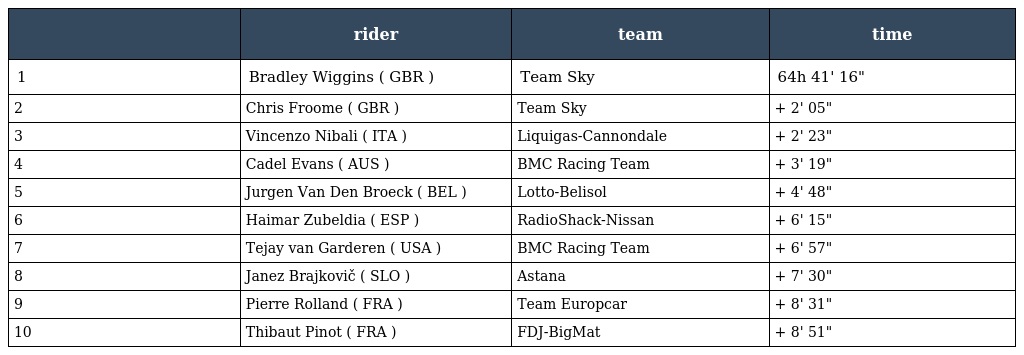
|  | rider | team | time |
 | --- | --- | --- | --- |
 | 1 | Bradley Wiggins ( GBR ) | Team Sky | 64h 41' 16" |
 | 2 | Chris Froome ( GBR ) | Team Sky | + 2' 05" |
 | 3 | Vincenzo Nibali ( ITA ) | Liquigas-Cannondale | + 2' 23" |
 | 4 | Cadel Evans ( AUS ) | BMC Racing Team | + 3' 19" |
 | 5 | Jurgen Van Den Broeck ( BEL ) | Lotto-Belisol | + 4' 48" |
 | 6 | Haimar Zubeldia ( ESP ) | RadioShack-Nissan | + 6' 15" |
 | 7 | Tejay van Garderen ( USA ) | BMC Racing Team | + 6' 57" |
 | 8 | Janez Brajkovič ( SLO ) | Astana | + 7' 30" |
 | 9 | Pierre Rolland ( FRA ) | Team Europcar | + 8' 31" |
 | 10 | Thibaut Pinot ( FRA ) | FDJ-BigMat | + 8' 51" |